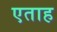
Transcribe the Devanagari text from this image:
एताह